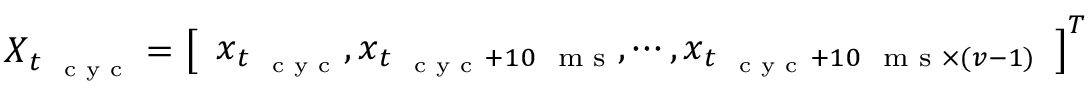
\boldsymbol X _ { t _ { \mathrm { ~ \scriptsize ~ c ~ y ~ c ~ } } } = \left[ \begin{array} { l } { \boldsymbol x _ { t _ { \mathrm { ~ \scriptsize ~ c ~ y ~ c ~ } } } , \boldsymbol x _ { t _ { \mathrm { ~ \scriptsize ~ c ~ y ~ c ~ } } + 1 0 \mathrm { ~ \scriptsize ~ m ~ s ~ } } , \cdots , \boldsymbol x _ { t _ { \mathrm { ~ \scriptsize ~ c ~ y ~ c ~ } } + 1 0 \mathrm { ~ \scriptsize ~ m ~ s ~ } \times ( \boldsymbol v - 1 ) } } \end{array} \right] ^ { T }